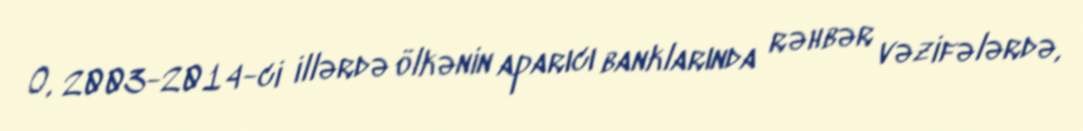
O, 2003-2014-ci illərdə ölkənin aparıcı banklarında rəhbər vəzifələrdə,